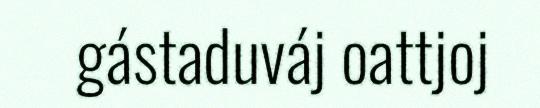
gástaduváj oattjoj